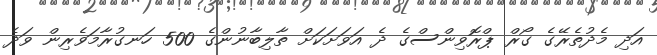
އަދި މެދުތެރޭގެ ގޯރް ޕްރޮވިންސްގެ ދެ އަވަށަކަށް ތާލިބާނުންގެ 500 ހަނގުރާމަވެރިން ވަދެ